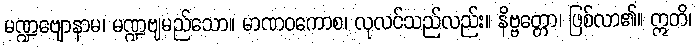
မဏ္ဍဗျောနာမ၊ မဏ္ဍဗျမည်သော။ မာဏဝကောစ၊ လုလင်သည်လည်း။ နိဗ္ဗတ္တော၊ ဖြစ်လာ၏။ ဣတိ၊